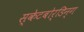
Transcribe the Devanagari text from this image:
स्केटबोर्डिन्ग